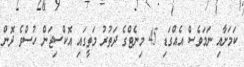
ކަމަށާއި ނަމަވެސް އެއްގަޑި 45 މިނެޓްގެ ދަތުރު މަތީގައި އޮކްސިޖަން ހުސްވެ ދޮން